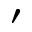
\prime